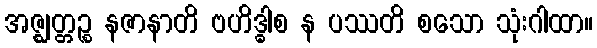
အဇ္ဈတ္တဉ္စ နဇာနာတိ ဗဟိဒ္ဓါစ န ပဿတိ စသော သုံးဂါထာ။